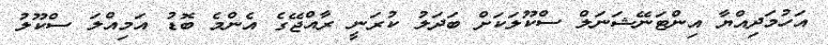
އަހުމަދިއްޔާ އިންޓަނޭޝަނަލް ސްކޫލަކަށް ބަދަލު ކުރަނީ ރާއްޖޭގެ އެންމެ ބޮޑު އަމިއްލަ ސްކޫލު